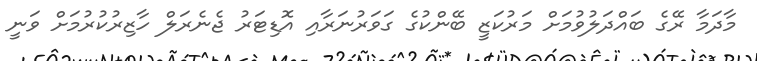
މާދަމާ ރޭގެ ބައްދަލުވުމަށް މަރުކަޒީ ބޭންކުގެ ގަވަރުނަރާއި އޮޑިޓަރު ޖެނެރަލް ހާޒިރުކުރުމަށް ވަނީ